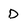
Character: D